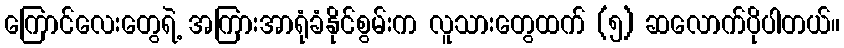
ကြောင်လေးတွေရဲ့ အကြားအာရုံခံနိုင်စွမ်းက လူသားတွေထက် (၅) ဆလောက်ပိုပါတယ်။